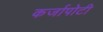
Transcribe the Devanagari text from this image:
कर्जापोटी